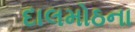
દાલમોઠના